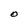
Character: O